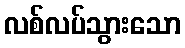
လစ်လပ်သွားသော